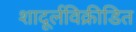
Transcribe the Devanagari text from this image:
शादूर्लविक्रीडित